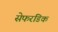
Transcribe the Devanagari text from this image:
सेफरडिक